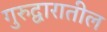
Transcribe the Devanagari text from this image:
गुरुद्वारातील